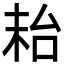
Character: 𱒮